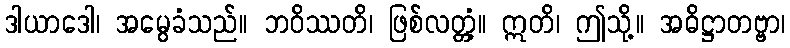
ဒါယာဒေါ၊ အမွေခံသည်။ ဘဝိဿတိ၊ ဖြစ်လတ္တံ့။ ဣတိ၊ ဤသို့။ အဓိဋ္ဌာတဗ္ဗာ၊